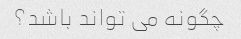
چگونه می تواند باشد؟